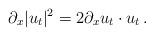
LaTeX: \begin{align*}\partial_x |u_t|^2=2\partial_x u_t\cdot u_t\, .\end{align*}